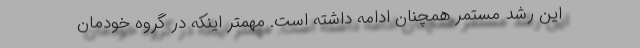
این رشد مستمر همچنان ادامه داشته است. مهمتر اینکه در گروه خودمان